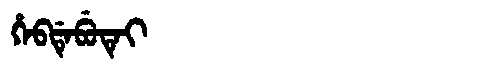
Manchu: ᡥᡝᠪᡩᡝᠪᡠᡨᡝᡳ
Romanization: HEBDEBUTEI